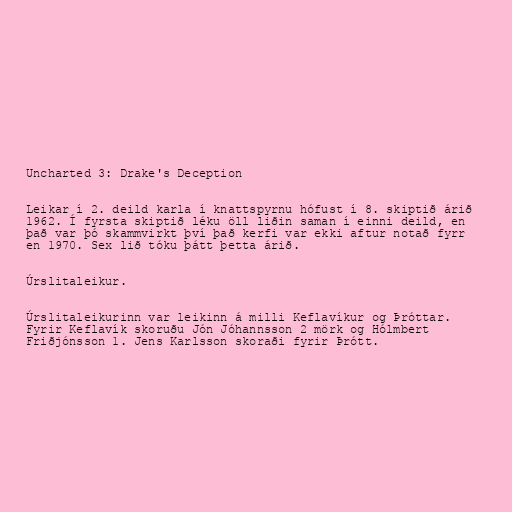
Uncharted 3: Drake's Deception

Leikar í 2. deild karla í knattspyrnu hófust í 8. skiptið árið
1962. Í fyrsta skiptið léku öll liðin saman í einni deild, en
það var þó skammvirkt því það kerfi var ekki aftur notað fyrr
en 1970. Sex lið tóku þátt þetta árið.

Úrslitaleikur.

Úrslitaleikurinn var leikinn á milli Keflavíkur og Þróttar.
Fyrir Keflavík skoruðu Jón Jóhannsson 2 mörk og Hólmbert
Friðjónsson 1. Jens Karlsson skoraði fyrir Þrótt.